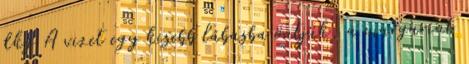
dkg A vizet egy kisebb lábasba öntjük, a margarint